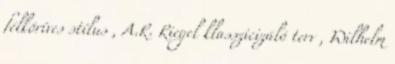
félköríves stílus , A.R. Riegel klasszicizáló terv , Wilhelm